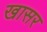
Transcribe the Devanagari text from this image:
खासर